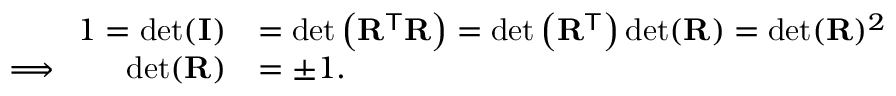
{ \begin{array} { r l } { 1 = \operatorname* { d e t } ( \mathbf { I } ) } & { = \operatorname* { d e t } \left( \mathbf { R } ^ { \mathsf { T } } \mathbf { R } \right) = \operatorname* { d e t } \left( \mathbf { R } ^ { \mathsf { T } } \right) \operatorname* { d e t } ( \mathbf { R } ) = \operatorname* { d e t } ( \mathbf { R } ) ^ { 2 } } \\ { \Longrightarrow \qquad \operatorname* { d e t } ( \mathbf { R } ) } & { = \pm 1 . } \end{array} }